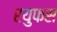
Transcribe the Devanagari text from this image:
रयुफस